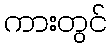
ကားတွင်